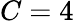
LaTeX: C=4